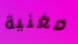
مغنية